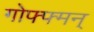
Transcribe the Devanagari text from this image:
गोफ्फ्मन्